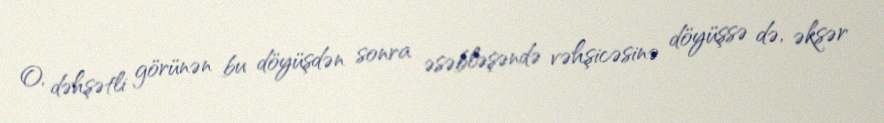
O, dəhşətli görünən bu döyüşdən sonra əsəbləşəndə vəhşicəsinə döyüşsə də, əksər